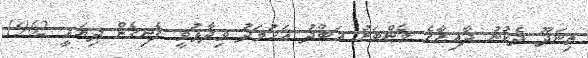
ތިނަދޫ ދެކުނު ދާއިރާގެ މެންބަރު އަބްދު އަހުމަދު ވިދާޅުވީ ފެނިގެން ދިޔައީ 1962